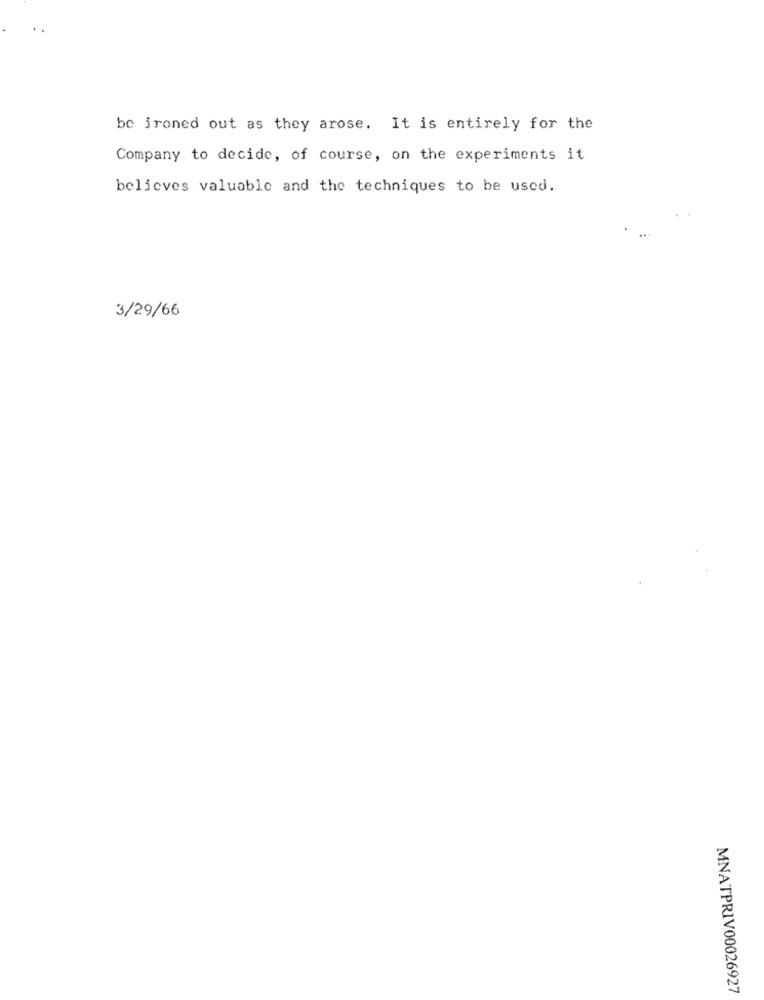
be jroned out as they arose. It is entirely for the
Company to decide, of course, on the experiments it
believes valuable and the techniques to be used.
3/29/66
MNATPRIV00026927